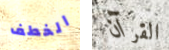
الخطف القرآن